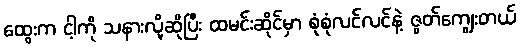
ထွေးက ငါ့ကို သနားလို့ဆိုပြီး ထမင်းဆိုင်မှာ စုံစုံလင်လင်နဲ့ ဇွတ်ကျွေးတယ်